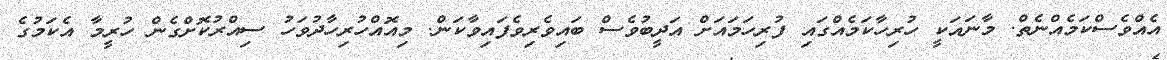
އެއްވެސްކަމެއްނެތް. މާނައަކީ ހުރިހާކަމެއްގައި ފުރިހަމައަށް އަދީބުވެސް ބައިވެރިވެފައިވާކަން. މިއޮއްހުރިހާދުވަހު ސިއްރުކޮށްގެން ހުރީމާ އެކަމުގެ